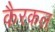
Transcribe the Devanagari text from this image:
कैरकल